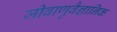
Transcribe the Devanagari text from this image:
जीवाणुवैज्ञानिक